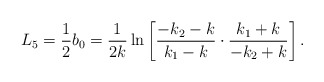
\begin{align*}L_5 = \frac{1}{2}b_0 =\frac{1}{2k}\ln\left[\frac{-k_2-k}{k_1-k}\cdot\frac{k_1+k}{-k_2+k}\right].\end{align*}